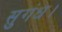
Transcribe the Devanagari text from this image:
सुगंध।